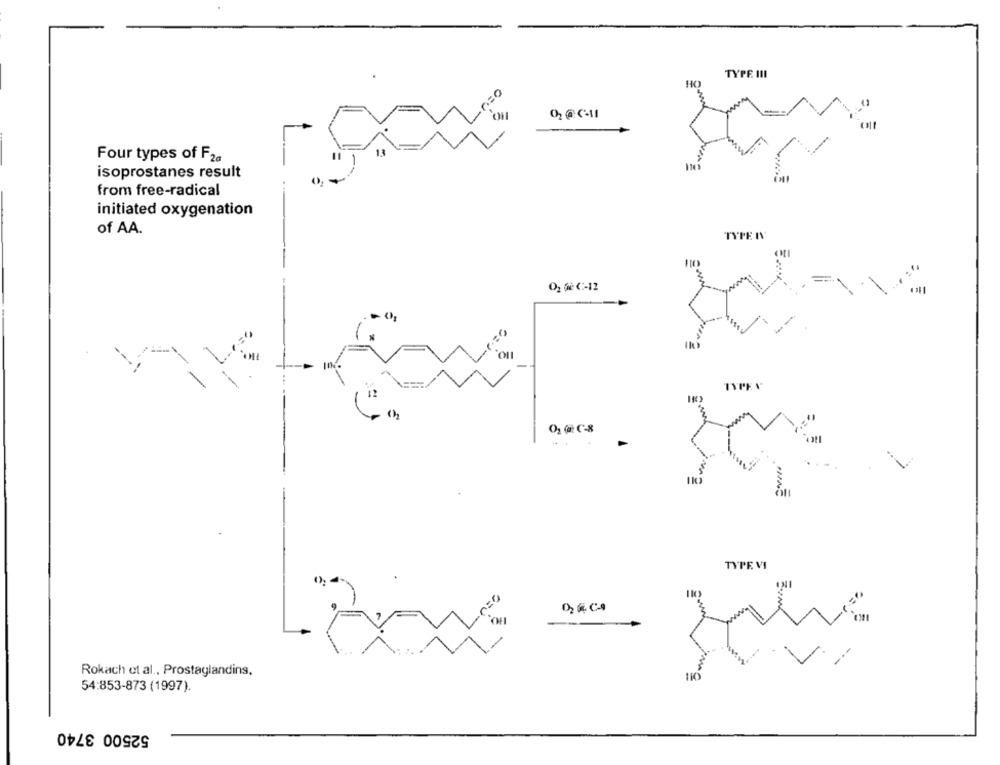
TYPE III
HO
p=0
13
Four types of F2a
isoprostanes result
from free-radical
initiated oxygenation
of AA.
TYPE AV
O2 60 C :- 12
O2 (a C-8
TYPE VI
Rokach et al ., Prostaglandins,
54:853-873 (1997)
52500 3740